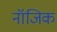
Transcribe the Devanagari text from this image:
नॉजिक